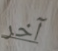
آخر